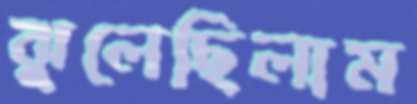
ঝুলেছিলাম